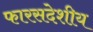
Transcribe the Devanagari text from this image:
फारसदेशीय